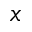
x